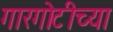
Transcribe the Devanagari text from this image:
गारगोटीच्या